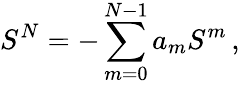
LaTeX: S^{N}=-\sum_{m=0}^{N-1}a_{m}S^{m}\, ,